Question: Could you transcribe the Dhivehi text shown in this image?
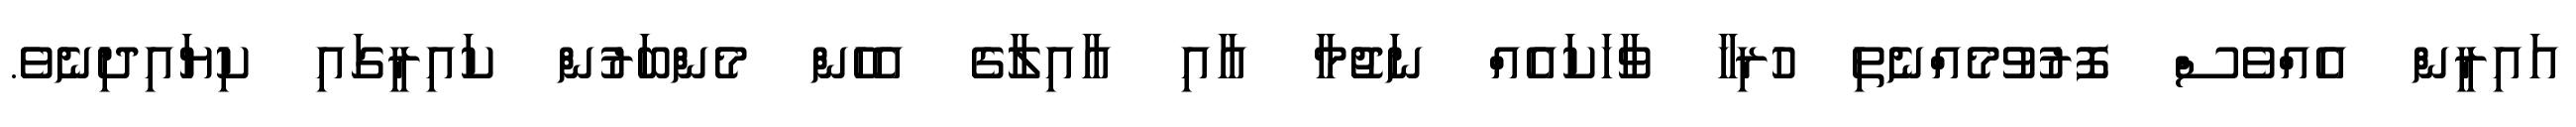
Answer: އައިރީން އެއްވެސް ފޮރުވުމެއްނެތި ހުރިހާ ވާހަކައެއް ނަޖުމާ އާއި އާއިލާގެ އެހެން މެންބަރުން ކައިރީގައި ކިޔައިދިނެވެ.